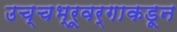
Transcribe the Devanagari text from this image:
उच्चभ्रूवर्गाकडून